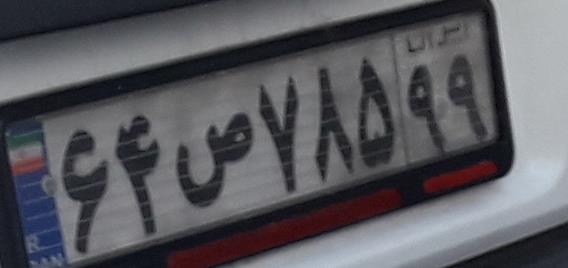
۶۴ص۷۸۵۹۹